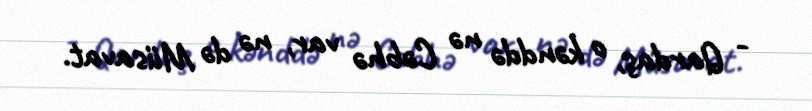
- Qardaş, o kənddə nə Cəbhə var, nə də Müsavat.